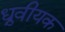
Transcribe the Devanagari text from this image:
ध्रुवीयक